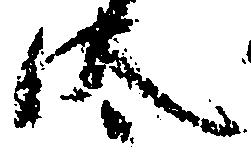
汰